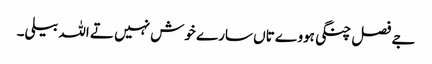
جے فصل چنگی ہووے تاں سارے خوش نہیں تے اللہ بیلی۔